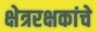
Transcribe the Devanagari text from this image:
क्षेत्ररक्षकांचे